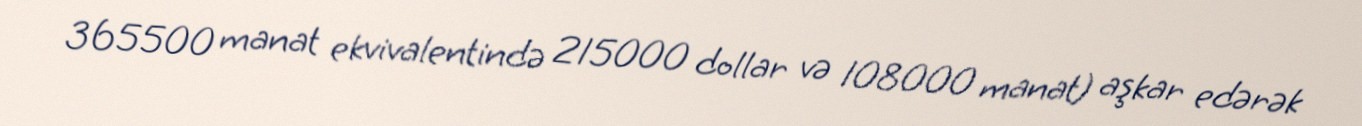
365500 manat ekvivalentində 215000 dollar və 108000 manat) aşkar edərək